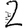
Digit: 2